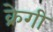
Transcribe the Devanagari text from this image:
क्रेगी